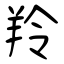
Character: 羚